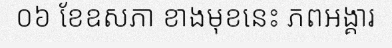
០៦ ខែឧសភា ខាងមុខនេះ ភពអង្គារ